Annual statistical returns and brief notes on vaccination in Bengal - 1887-1898
Year: 1887
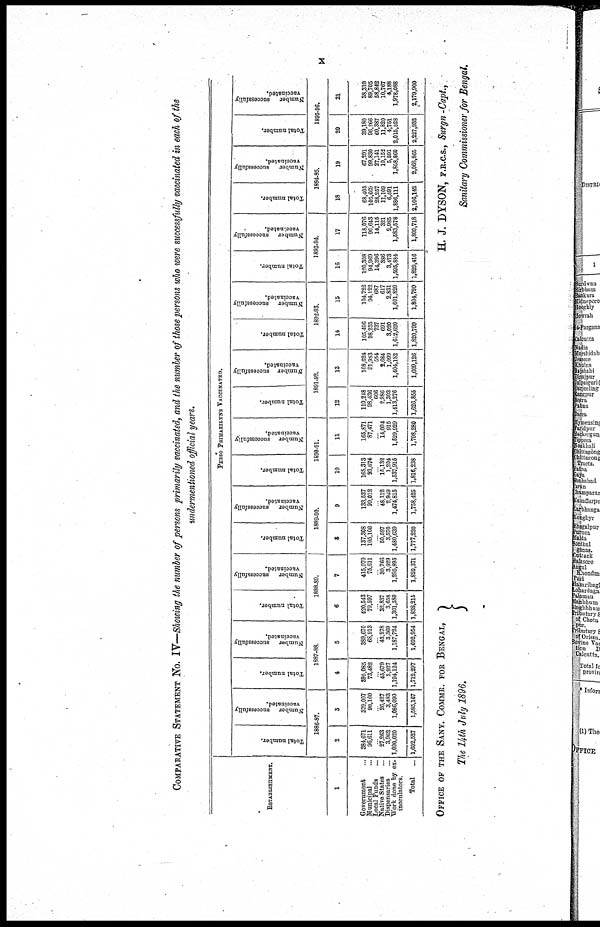
x
COMPARATIVE STATEMENT No. IV—Showing the number of persons primarily vaccinated, and the number of those persons who were successfully vaccinated in each of the
undermentioned official years.
ESTABLISHMENT.
1
Government...
Municipal...
Local Funds...
Native States...
Dispensaries...
Work done by ex-
inoculators.
Total
...
PERSO PRIMARILYNS VACCINATED.
Total number.
Number
successfully
vaccinated.
1886-87.
2
384,671
96,611
...
27,263
3,962
1,090,020
1,602,527
3
379,007
90,160
...
26,427
3,483
1,086,090
1,585,167
Total number.
Number
successfully
vaccinated.
1887-88.
4
395,085
73,482
...
45,679
8,927
1,194,124
1,712,297
5
389,670
68,913
... 43,278
3,369
1,187,724
1,692,954
Total number.
Number
successfully
vaccinated.
1888-89.
6
420,543
79,597
...
32,837
3,658
1,301,580
1,838,215
7
415,070
75,611
...
30,766
3,029
1,295,895
1,820,371
Total number.
Number
successfully
vaccinated.
1889-90.
8
137,308
105,106
...
50,597
3,570
1,480,639
1,777,220
9
133,537
99,012
...
48,112
2,949
1,474,815
1,758,425
Total number.
Number
successfully
vaccinated.
1890-91.
10
168,313
93,674
...
15,132
1,204
1,537,915
1,816,238
11
165,871
87,471
... 14,094
915
1,529,929
1,798,280
Total number.
Number
successfully
vaccinated.
1891-92.
12
110,248
98,436
606
2,986
1,303
1,413,276
1,626,855
13
108,624
91,983
554
2,684
1,099
1,404,182
1,609,126
Total number.
Number
successfully
vaccinated.
1892-93.
14
105,496
98,235
737
691
3,020
1,612,620
1,820,799
15
104,722
94,122
687
617
2,831
1,601,820
1,804,799
Total number.
Number
successfully
vaccinated.
1893-94
16
120,308
94,969
14,396
386
3,473
1,595,884
1,829,416
17
118,076
90,643
14,115
321
2,985
1,583,578
1,809,718
Total number.
Number
successfully
vaccinated.
1894-95.
18
68,405
105,669
28,257
11,109
6,591
1,886,111
2,106,142
19
67,291
99,830
27,141
10,152
5,591
1,858,860
2,068,865
Total number.
Number
successfully
vaccinated.
1895-96.
20
39,180
96,266
60,387
11,820
4,751
2,015,528
2,227,932
21
38,310
89,705
58,842
10,767
4,188
1,978,088
2,179,900
OFFICE OF THE SANY. COMMR. FOR BENGAL,
The 14th July 1896.
H. J. DYSON, F.R.C.S., Surgn-Capt.,
Sanitary Commissioner for Bengal.